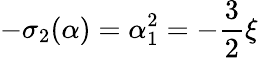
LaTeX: -\sigma_{2}(\alpha)=\alpha_{1}^{2}=-\frac 32\xi